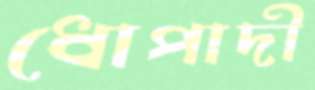
ধোপাদী